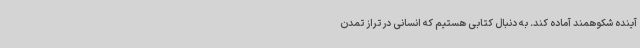
آینده شکوهمند آماده کند. به دنبال کتابی هستیم که انسانی در تراز تمدن